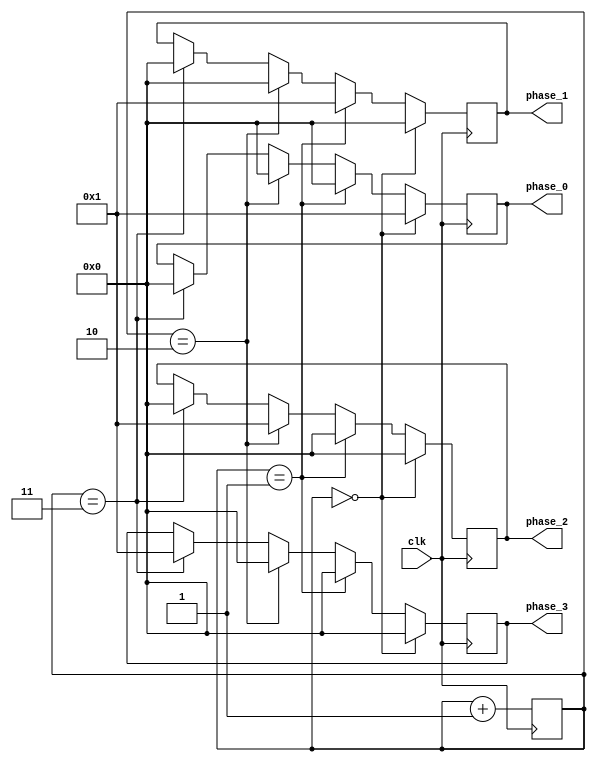
module multi_phase_clock_divider (
    input wire clk,
    output reg [3:0] phase_0,
    output reg [3:0] phase_1,
    output reg [3:0] phase_2,
    output reg [3:0] phase_3
);

reg [3:0] count;

always @(posedge clk) begin
    if (count == 4'b0000) begin
        phase_0 <= 1'b1;
        phase_1 <= 1'b0;
        phase_2 <= 1'b0;
        phase_3 <= 1'b0;
    end else if (count == 4'b0001) begin
        phase_0 <= 1'b0;
        phase_1 <= 1'b1;
        phase_2 <= 1'b0;
        phase_3 <= 1'b0;
    end else if (count == 4'b0010) begin
        phase_0 <= 1'b0;
        phase_1 <= 1'b0;
        phase_2 <= 1'b1;
        phase_3 <= 1'b0;
    end else if (count == 4'b0011) begin
        phase_0 <= 1'b0;
        phase_1 <= 1'b0;
        phase_2 <= 1'b0;
        phase_3 <= 1'b1;
    end
    
    count <= count + 4'b0001;
end

endmodule